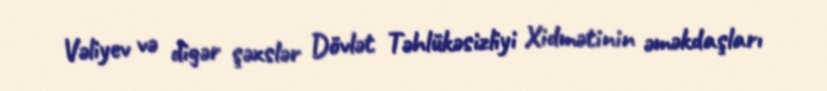
Vəliyev və digər şəxslər Dövlət Təhlükəsizliyi Xidmətinin əməkdaşları